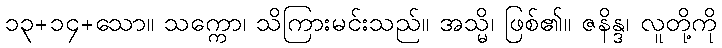
၁၃+၁၄+သော။ သက္ကော၊ သိကြားမင်းသည်။ အသ္မိ၊ ဖြစ်၏။ ဇနိန္ဒ၊ လူတို့ကို